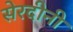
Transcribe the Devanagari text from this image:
सेरदीनी